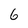
Character: 6